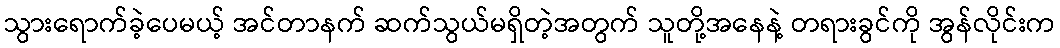
သွားရောက်ခဲ့ပေမယ့် အင်တာနက် ဆက်သွယ်မရှိတဲ့အတွက် သူတို့အနေနဲ့ တရားခွင်ကို အွန်လိုင်းက